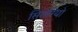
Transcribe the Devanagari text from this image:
सिसेरियो